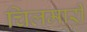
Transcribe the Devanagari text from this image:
चिलमारी